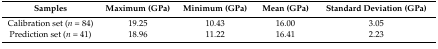
<table><thead><tr><td><b>Samples</b></td><td><b>Maximum (GPa)</b></td><td><b>Minimum (GPa)</b></td><td><b>Mean (GPa)</b></td><td><b>Standard Deviation (GPa)</b></td></tr></thead><tbody><tr><td>Calibration set (<i>n</i> = 84)</td><td>19.25</td><td>10.43</td><td>16.00</td><td>3.05</td></tr><tr><td>Prediction set (<i>n</i> = 41)</td><td>18.96</td><td>11.22</td><td>16.41</td><td>2.23</td></tr></tbody></table>